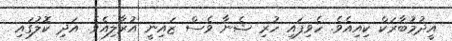
އީދުމުބާރަކް ކިއިއެވެ. ހެވިފައި ހުރި ޝެނާ ވެސް ޒައިނީ އުރާލިއެވެ. އަދި ކޮލުގައި